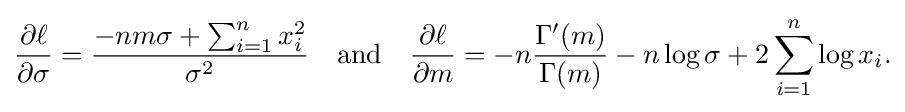
{\begin{aligned}{\frac {\partial \ell }{\partial \sigma }}={\frac {-nm\sigma +\sum _{i=1}^{n}x_{i}^{2}}{\sigma ^{2}}}\quad {\text{and}}\quad {\frac {\partial \ell }{\partial m}}=-n{\frac {\Gamma '(m)}{\Gamma (m)}}-n\log \sigma +2\sum _{i=1}^{n}\log x_{i}.\end{aligned}}